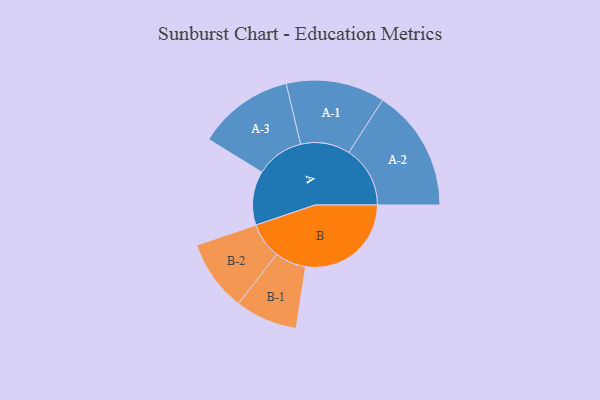
{"axis": {"x": "Segment", "y": "Value"}, "legend": ["", "A", "B"], "data": [{"x": "A", "y": 246, "type": ""}, {"x": "B", "y": 481, "type": ""}, {"x": "A-1", "y": 225, "type": "A"}, {"x": "A-2", "y": 279, "type": "A"}, {"x": "A-3", "y": 219, "type": "A"}, {"x": "B-1", "y": 142, "type": "B"}, {"x": "B-2", "y": 163, "type": "B"}]}